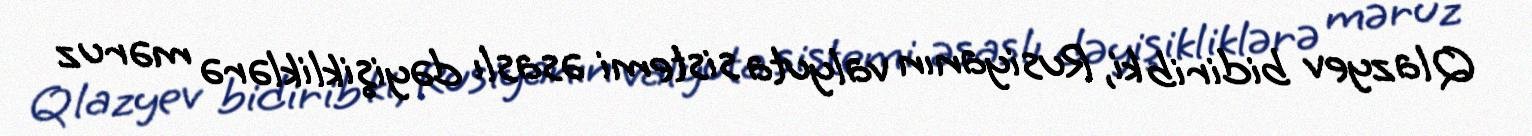
Qlazyev bidirib ki, Rusiyanın valyuta sistemi əsaslı dəyişikliklərə məruz